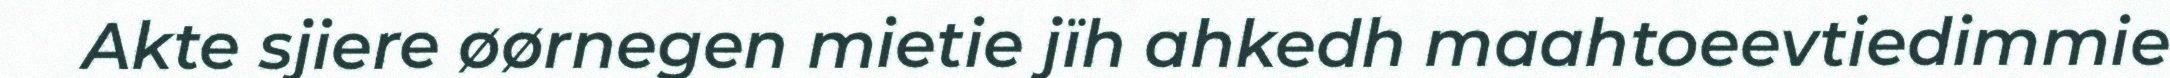
Akte sjiere øørnegen mietie jïh ahkedh maahtoeevtiedimmie